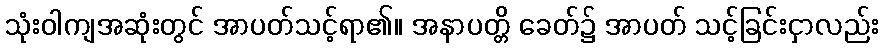
သုံးဝါကျအဆုံးတွင် အာပတ်သင့်ရာ၏။ အနာပတ္တိ ခေတ်၌ အာပတ် သင့်ခြင်းငှာလည်း